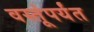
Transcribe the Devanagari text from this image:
वस्तूंपर्यंत